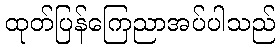
ထုတ်ပြန်ကြေညာအပ်ပါသည်